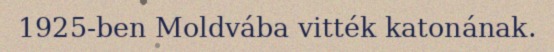
1925-ben Moldvába vitték katonának.